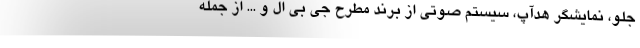
جلو، نمایشگر هدآپ، سیستم صوتی از برند مطرح جی بی ال و ... از جمله